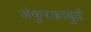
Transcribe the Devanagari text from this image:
अंकुरकाबुर्द